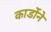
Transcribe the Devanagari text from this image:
कार्डोने